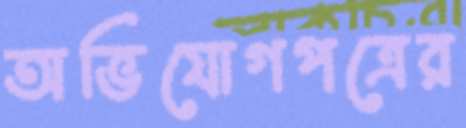
অভিযোগপত্রের